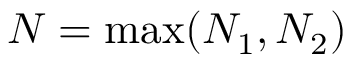
N = \operatorname* { m a x } ( N _ { 1 } , N _ { 2 } )